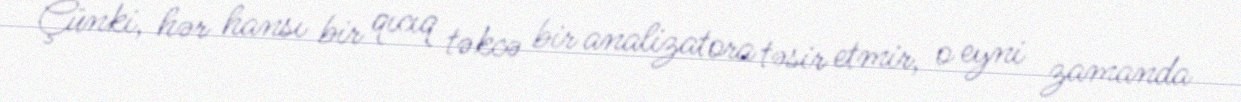
Çünki, hər hansı bir qıcıq təkcə bir analizatora təsir etmir, o eyni zamanda